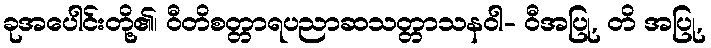
ခုအပေါင်းတို့၏၊ ဝီတိစတ္တာရပညာဆသတ္တာသနဝါ- ဝီအပြု, တိ အပြု,